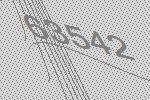
63542